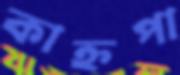
কাহ্নপা